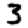
Digit: 3